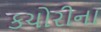
કચોરીના